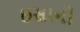
ઇસાનો